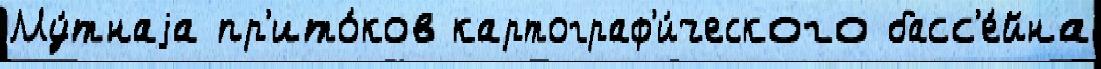
Му́тнаjа пр'ито́ков картограф'и́ческого басс'е́йна